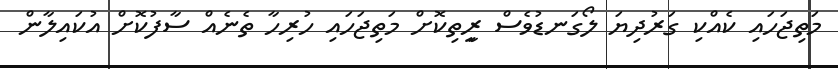
މަތިޖަހައި ކެއްކި ގަރުދިޔަ ލޯގަނޑުވެސް ރީިތިކޮށް މަތިޖަހައި ހުރިހާ ތެނެއް ސާފުކޮށް އުކައިލާން